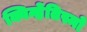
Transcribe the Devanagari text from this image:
क्विन्हेंतिस्मो